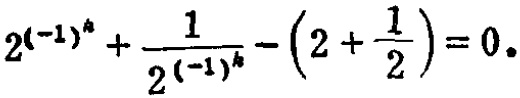
\(2^{(-1)^k}+\frac{1}{2^{(-1)^k}}-\left(2+\frac{1}{2}\right)=0\)